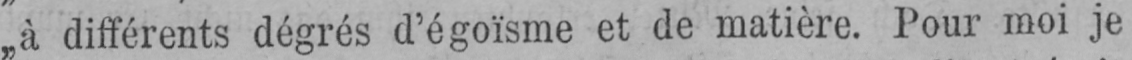
„à différents dégrés d’égoïsme et de matière. Pour moi je